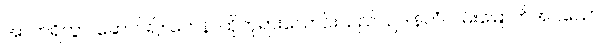
အာဟရိတွာ၊ ဆောင်၍။ တေန၊ ထိုဘုရားလောင်းသည်။ ဥဒါနိတံ၊ ဝမ်းမြောက်အပ်သော။